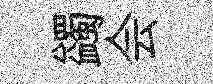
蠲会